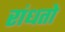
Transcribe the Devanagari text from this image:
रांधतो